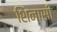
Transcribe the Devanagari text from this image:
शिनासी